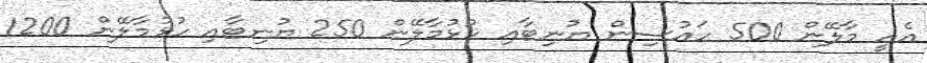
އެއީ މާލޭން 500 ހައުސިން ޔުނިޓާއި ހުޅުމާލޭން 250 ޔުނިޓާއި ހުޅުމާލޭން 1200